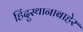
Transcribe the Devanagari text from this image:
हिंदुस्थानाबाहेर